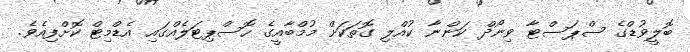
ބޮލީވުޑްގެ ސްޕަސްޓާ ވިނޯދް ކަންނާ ކުއްލި ގޮތަކަށް މުމްބާއީގެ ހޮސްޕިޓަލެއްގައި އެޑްމިޓް ކޮށްފިއެވެ.